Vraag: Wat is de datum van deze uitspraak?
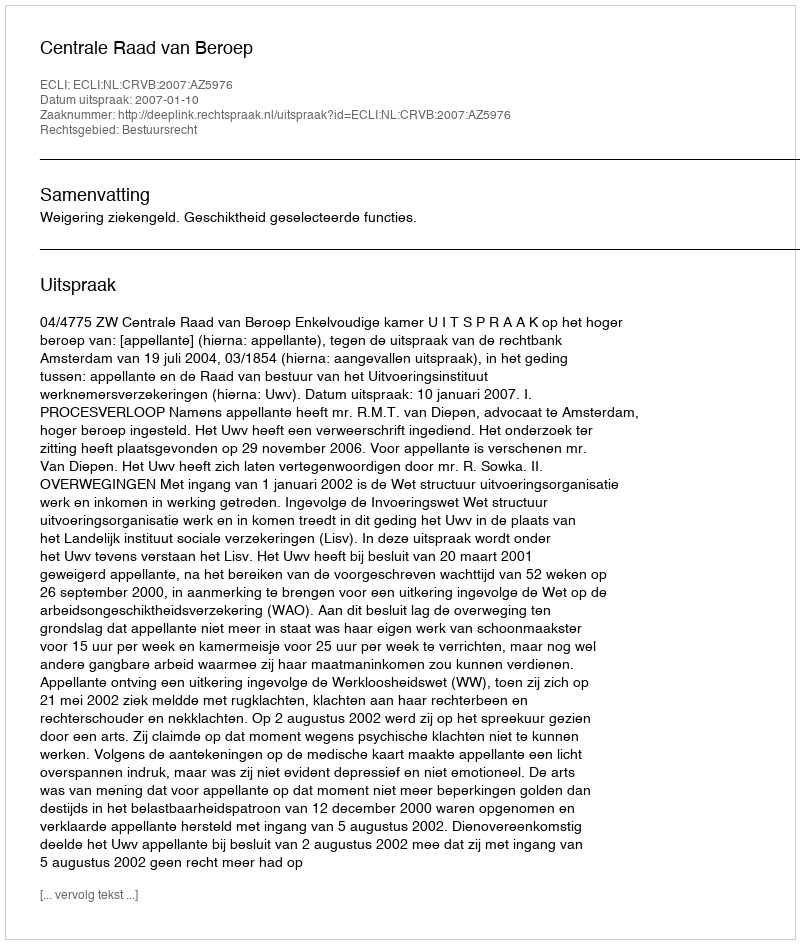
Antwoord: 2007-01-10